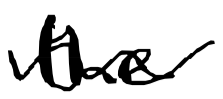
Text: the
Cross-out: wave
Writing tool: digital_black